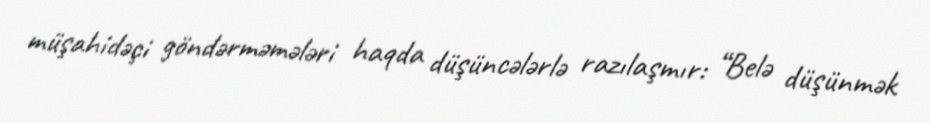
müşahidəçi göndərməmələri haqda düşüncələrlə razılaşmır: “Belə düşünmək